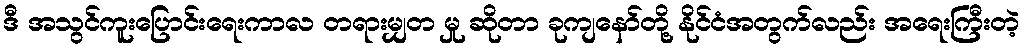
ဒီ အသွင်ကူးပြောင်းရေးကာလ တရားမျှတ မှု ဆိုတာ ခုကျနော်တို့ နိုင်ငံအတွက်လည်း အရေးကြီးတဲ့